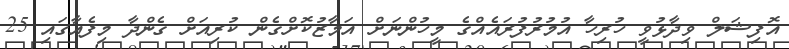
އޮފިޝަލް ވިދާޅުވީ ހުރިހާ އުމުރުފުރައެއްގެ މީހުންނަށް އަމާޒުކޮށްގެން ކުރިއަށް ގެންދާ މިފެއާގައި 25